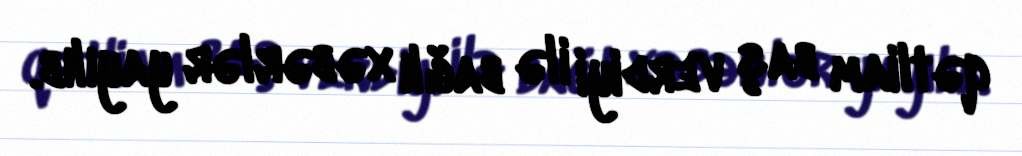
qətliam baş verdiyi ilə bağlı xəbərlər yayılıb.